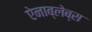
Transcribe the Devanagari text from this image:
ऐनाब्लेब्स